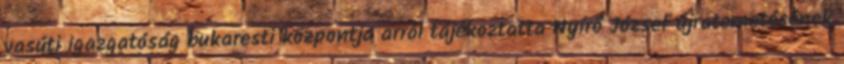
vasúti igazgatóság bukaresti központja arról tájékoztatta Nyírő József újratemetésének